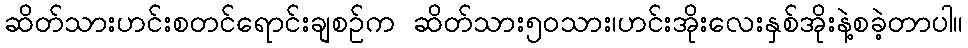
ဆိတ်သားဟင်းစတင်ရောင်းချစဥ်က ဆိတ်သား၅၀သား၊ဟင်းအိုးလေးနှစ်အိုးနဲ့စခဲ့တာပါ။